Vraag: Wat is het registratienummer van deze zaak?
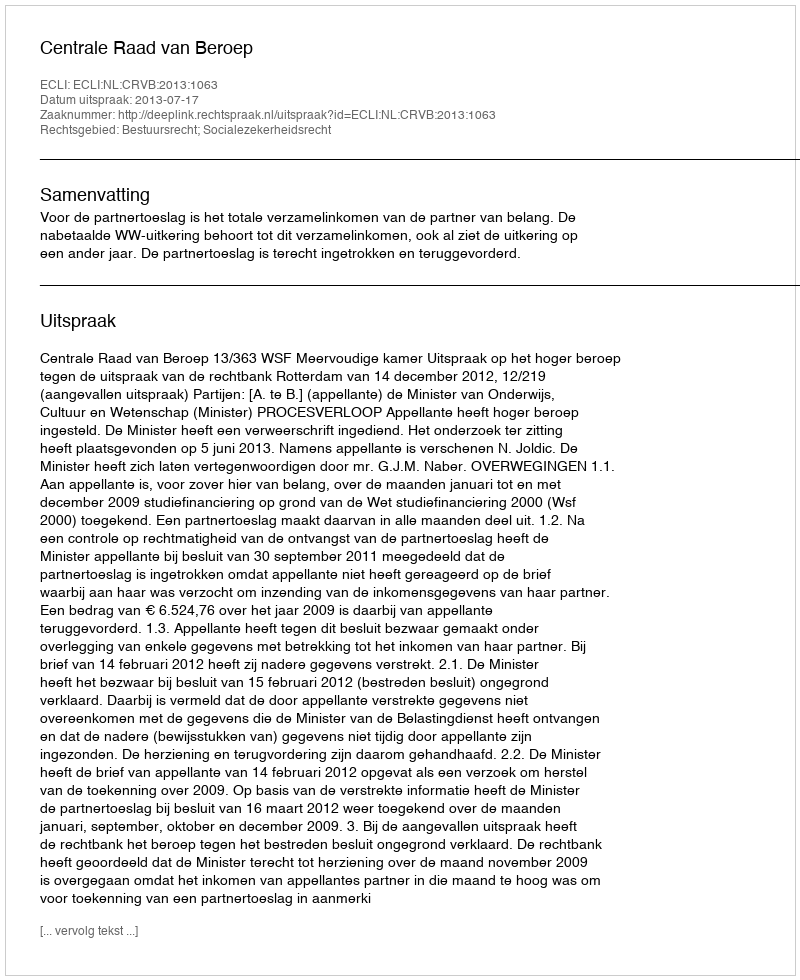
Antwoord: http://deeplink.rechtspraak.nl/uitspraak?id=ECLI:NL:CRVB:2013:1063